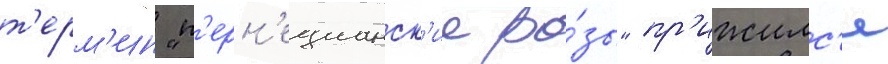
т'ерм'ин "п'ерн'ецианск'ие ро́зы" пр'ижилс'я